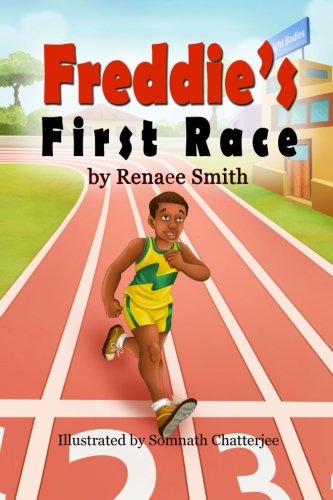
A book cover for Freddie's First Race; Renaee Smith; Children's Books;